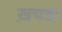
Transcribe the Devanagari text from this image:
ख़चड़ा